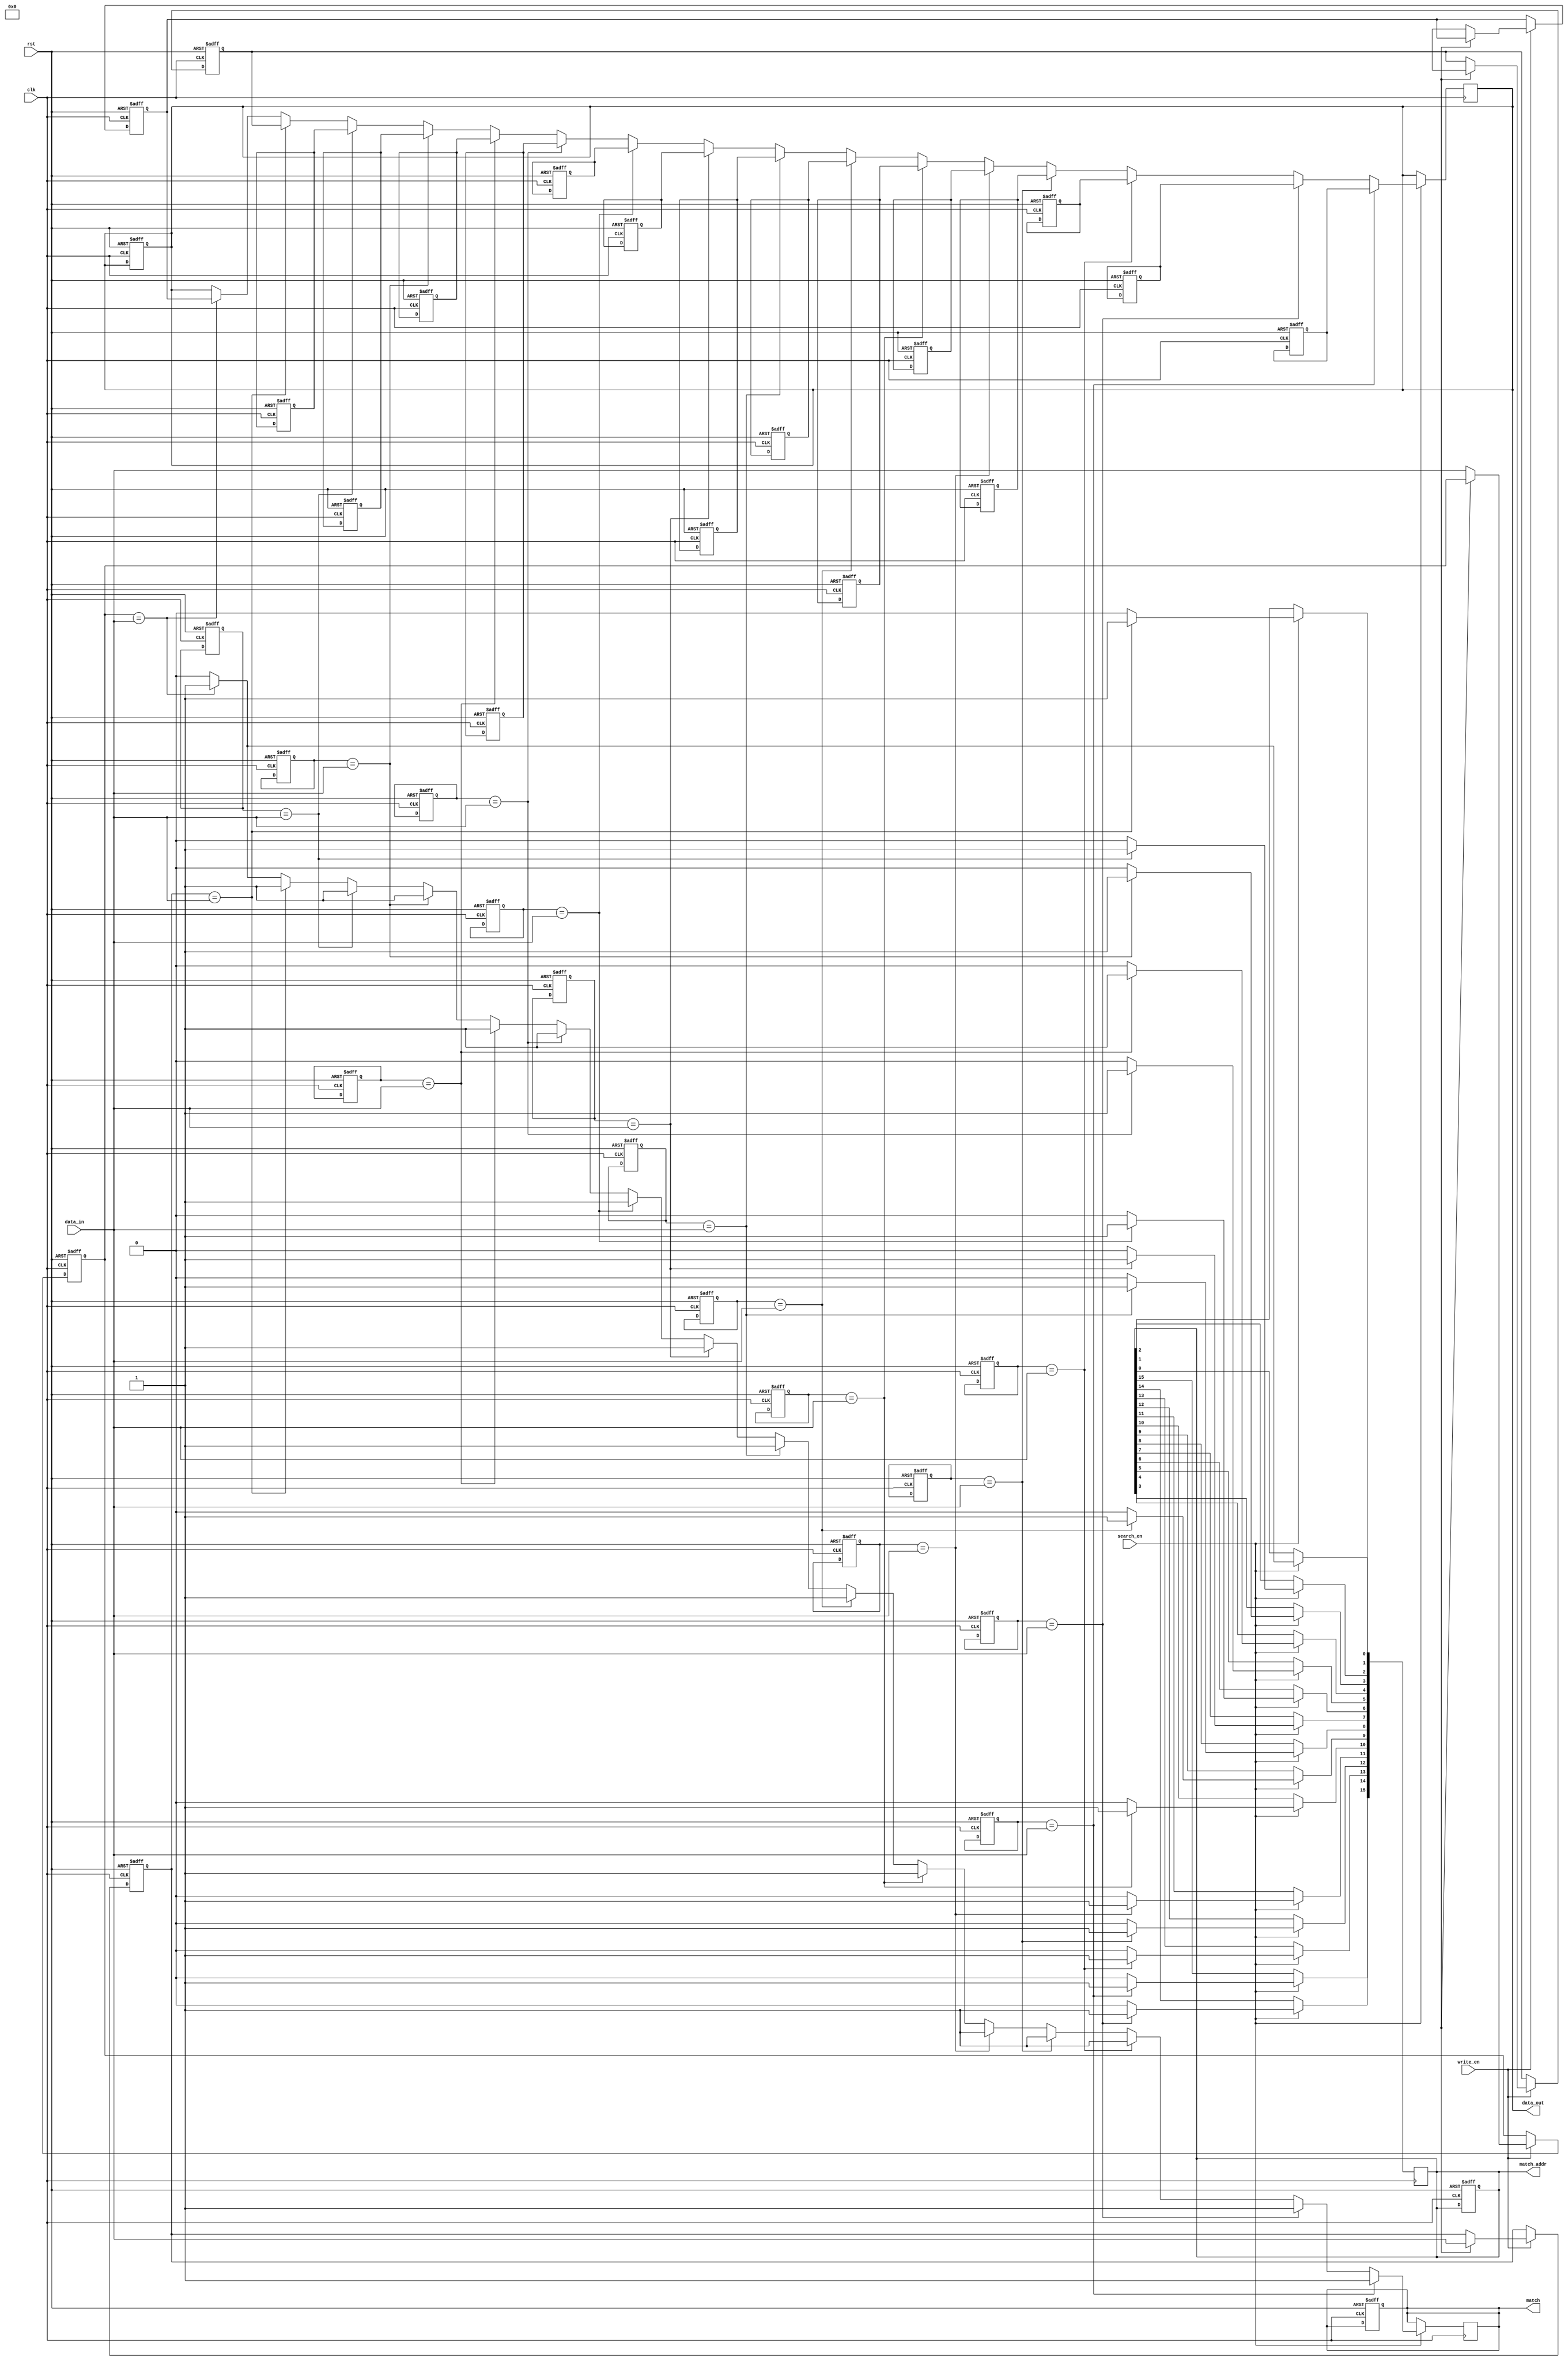
module HybridCAM #(
    parameter WORD_SIZE = 8, // Size of each word
    parameter NUM_ENTRIES = 16 // Number of entries in the CAM
)(
    input wire clk,
    input wire rst,
    input wire write_en, // Write enable signal
    input wire search_en, // Search enable signal
    input wire [WORD_SIZE-1:0] data_in, // Data input for write/search
    output reg [NUM_ENTRIES-1:0] match_addr, // Address of matching entry
    output reg match, // Match signal
    output reg [WORD_SIZE-1:0] data_out // Data output
);

// Storage array for CAM
reg [WORD_SIZE-1:0] cam_memory [0:NUM_ENTRIES-1]; // CAM data storage
reg [WORD_SIZE-1:0] cam_tags [0:NUM_ENTRIES-1]; // Tag storage

integer i;

// Initializing the CAM memory and tags
always @(posedge clk or posedge rst) begin
    if (rst) begin
        for (i = 0; i < NUM_ENTRIES; i = i + 1) begin
            cam_memory[i] <= {WORD_SIZE{1'b0}};
            cam_tags[i] <= {WORD_SIZE{1'b0}};
        end
        match <= 1'b0;
        match_addr <= {NUM_ENTRIES{1'b0}};
        data_out <= {WORD_SIZE{1'b0}};
    end
    else if (write_en) begin
        // Write data into CAM
        // Here we can write data into a specified index. 
        // Assuming the index is provided as an external signal.
        cam_memory[write_index] <= data_in; // Assume write_index is defined elsewhere
        cam_tags[write_index] <= data_tag; // Assuming data_tag is defined elsewhere
    end
end

always @(posedge clk) begin
    if (search_en) begin
        match <= 1'b0; // Reset match signal
        match_addr <= {NUM_ENTRIES{1'b0}}; // Reset match address
        // Search for matching data
        for (i = 0; i < NUM_ENTRIES; i = i + 1) begin
            if (cam_memory[i] == data_in) begin
                match <= 1'b1;
                match_addr[i] <= 1'b1; // Set matching address
                data_out <= cam_tags[i]; // Output the tag of the matched entry
            end
        end
    end
end

endmodule